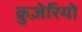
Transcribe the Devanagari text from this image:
क्रुज़ेरियो